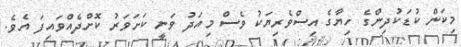
މިކަން ކުޑަކުދިންގެ ހިޔާގެ އިސްވެރިޔަކު ވެސް މިއަދު ވަނީ ކަށަވަރު ކޮށްދެއްވައިފަ އެވެ.